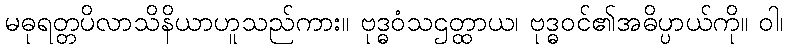
မဓုရတ္တပိလာသိနိယာဟူသည်ကား။ ဗုဒ္ဓဝံသဌတ္ထာယ၊ ဗုဒ္ဓဝင်၏အဓိပ္ပာယ်ကို။ ဝါ၊